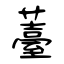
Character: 薹